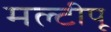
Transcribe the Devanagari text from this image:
मल्टीपू